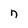
Character: n